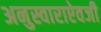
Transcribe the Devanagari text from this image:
अनुस्वाराऐवजी